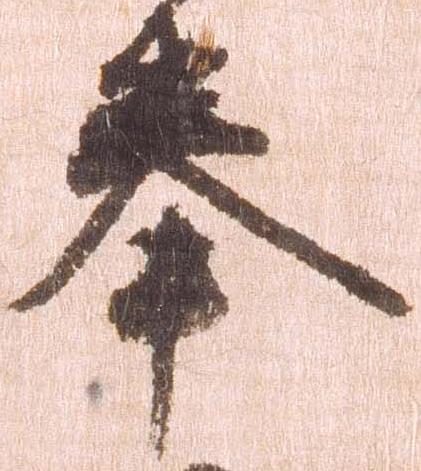
奉